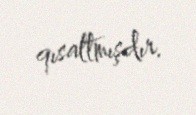
qısaltmışdır.